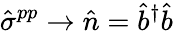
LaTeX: \hat{\sigma}^{pp}\rightarrow\hat{n}=\hat{b}^{\dagger}\hat{b}